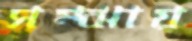
সম্‌ঝায়